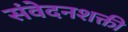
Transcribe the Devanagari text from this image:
संवेदनशक्ती